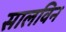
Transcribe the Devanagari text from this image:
सालविन